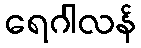
ရေဂါလန်